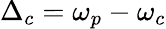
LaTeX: \Delta_{c}=\omega_{p}-\omega_{c}